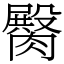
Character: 臋